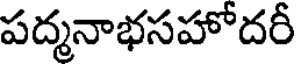
పద్మనాభసహోదరీ